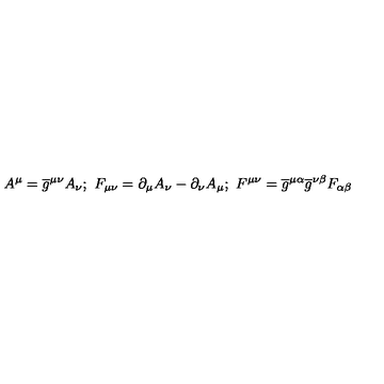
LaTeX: A ^ { \mu } = \overline { { g } } ^ { \mu \nu } A _ { \nu } ; \ F _ { \mu \nu } = \partial _ { \mu } A _ { \nu } - \partial _ { \nu } A _ { \mu } ; \ F ^ { \mu \nu } = \overline { { g } } ^ { \mu \alpha } \overline { { g } } ^ { \nu \beta } F _ { \alpha \beta }